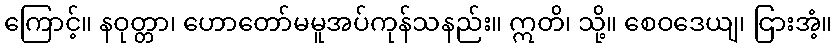
ကြောင့်။ နဝုတ္တာ၊ ဟောတော်မမူအပ်ကုန်သနည်း။ ဣတိ၊ သို့။ စေဝဒေယျ၊ ငြားအံ့။